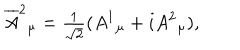
LaTeX: \overline { { { A } } } ^ { 2 } { } _ { \mu } = { \textstyle { \frac { 1 } { \sqrt { 2 } } } } ( A ^ { 1 } { } _ { \mu } + i A ^ { 2 } { } _ { \mu } ) ,